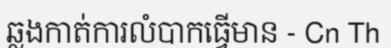
ឆ្លងកាត់ការលំបាកធ្វើមាន - Cn Th